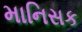
માનિસક